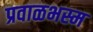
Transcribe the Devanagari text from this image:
प्रवाळभस्म